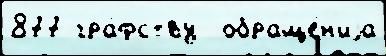
877 гра́фству  обраще́н'иjа